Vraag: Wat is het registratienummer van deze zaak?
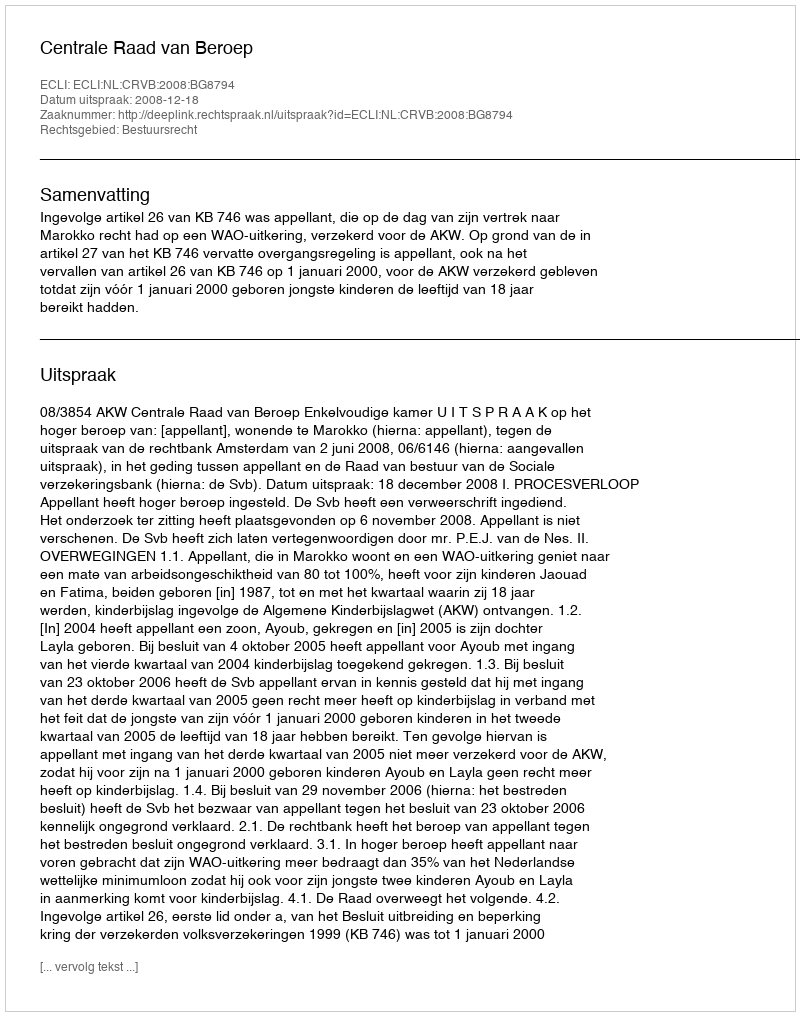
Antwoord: http://deeplink.rechtspraak.nl/uitspraak?id=ECLI:NL:CRVB:2008:BG8794